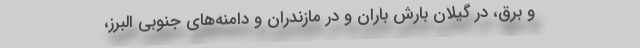
و برق، در گیلان بارش باران و در مازندران و دامنه‌های جنوبی البرز،